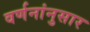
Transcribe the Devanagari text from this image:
वर्णनांनुसार